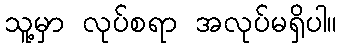
သူ့မှာ လုပ်စရာ အလုပ်မရှိပါ။